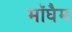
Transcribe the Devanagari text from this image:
मॉघैम